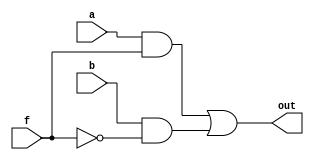
module mux(output out, input a,input b, input f);
wire c1,c2;

and (c1, a, f),
    (c2, b, ~f);
or  (out, c1, c2);
endmodule



module latch(output out, output out2, input a, input f, input reset);
wire c0,c1,c2;
and  (c1,a,~reset);
or  (c0,f,reset);
mux g1(out, c1, c2, c0);
not (out2, out),
    (c2, out2);
endmodule

module flip_flop(output out, input a, input f, input reset);
wire c1,c2,c3,c4;

not     (c1,f),
        (out,c3);
latch   g1(, c2, a, c1, 1'b0),
        g2(c3, out, c2, f, reset);
endmodule




module pseudo_random(output [0:2] Q, input clk, input reset);
wire c1;
flip_flop   g1(Q[0], c1, clk, reset),
            g2(Q[1], Q[0], clk, reset),
            g3(Q[2], Q[1], clk, reset);
xor         (c1, Q[2], Q[0]);

endmodule


/*
module main;

reg f_mux,a_mux,b_mux;
wire out_mux;
mux test_mux(out_mux, a_mux, b_mux, f_mux);

reg f_latch, a_latch, reset_latch;
wire out_latch, out_latch_n;
latch test_latch(out_latch, out_latch_n, a_latch, f_latch, reset_latch);

reg clk_flip_flop, a_flip_flop, reset_flip_flop;
wire out_flip_flop;
flip_flop test_flip_flop(out_flip_flop, a_flip_flop, clk_flip_flop, reset_flip_flop);


reg clk_pseudo_random, reset_pseudo_random;
wire [0:2] out_pseudo_random;
pseudo_random test_pseudo_random(out_pseudo_random, clk_pseudo_random, reset_pseudo_random);


initial
begin
    $dumpfile("test_pseudo_random.vcd");
    $dumpvars(0,main);
    
    $display("\ntest mux\n");
    f_mux = 0;
    a_mux = 0;
    b_mux = 0;

    #10 a_mux = 1;
    #10 f_mux = 1;
    #10 b_mux = 1;
    #10 a_mux = 0;
    #10 f_mux = 0;


    $display("\ntest latch\n");
    f_latch = 0;
    a_latch = 0;
    reset_latch = 0;

    #10 a_latch = 1;
    #10 f_latch = 1;
    #10 f_latch = 0;
    #10 a_latch = 0;
    #10 f_latch = 1;
    #10 f_latch = 0;
    #10 reset_latch = 1;


    #10 $display("\ntest flip_flop\n");
    clk_flip_flop = 0;
    a_flip_flop = 0;
    reset_flip_flop = 0;

    #10 clk_flip_flop = 1;
    #10 clk_flip_flop = 0;
    #10 a_flip_flop = 1;

    #10 clk_flip_flop = 1;
    #10 a_flip_flop = 0;

    #10 clk_flip_flop = 0;
    #10 a_flip_flop = 0;

    #10 clk_flip_flop = 1;
    #10 a_flip_flop = 1;
    #10 clk_flip_flop = 0;

    #10 reset_flip_flop = 1;
    

    $display("\ntest pseudo_random\n");
    
    clk_pseudo_random = 0;
    reset_pseudo_random = 0;

    #10 reset_pseudo_random = 1;
    #10 reset_pseudo_random = 0;

    #10 clk_pseudo_random = 1;
    #10 clk_pseudo_random = 0;

    #10 clk_pseudo_random = 1;
    #10 clk_pseudo_random = 0;

    #10 clk_pseudo_random = 1;
    #10 clk_pseudo_random = 0;

    #10 clk_pseudo_random = 1;
    #10 clk_pseudo_random = 0;

    #10 clk_pseudo_random = 1;
    #10 clk_pseudo_random = 0;

    #10 clk_pseudo_random = 1;
    #10 clk_pseudo_random = 0;

    #10 clk_pseudo_random = 1;
    #10 clk_pseudo_random = 0;

    #10 clk_pseudo_random = 1;
    #10 clk_pseudo_random = 0;

    #10 clk_pseudo_random = 1;
    #10 clk_pseudo_random = 0;

    #10 clk_pseudo_random = 1;
    #10 clk_pseudo_random = 0;

    #10 clk_pseudo_random = 1;
    #10 clk_pseudo_random = 0;

    #10 clk_pseudo_random = 1;
    #10 clk_pseudo_random = 0;

    #10 reset_pseudo_random = 1;
    #10 reset_pseudo_random = 0;





end


always @(a_mux or b_mux or f_mux) begin
    $display("a_mux = %b   b_mux = %b   f_mux = %b   out_mux = %b", a_mux, b_mux, f_mux, out_mux);   
end

always @(a_latch or f_latch or reset_latch) begin
    $display("a_latch = %b   f_latch = %b   out_latch = %b   out_latch_n = %b   reset_latch = %b", a_latch, f_latch, out_latch, out_latch_n, reset_latch);   
end


always@( clk_flip_flop) begin
    #5 $display("<   clk>  clk_flip_flop = %b   a_flip_flop = %b   out_flip_flop = %b   reset_flip_flop = %b", clk_flip_flop, a_flip_flop, out_flip_flop, reset_flip_flop);   
end



always@(a_flip_flop) begin
    #5 $display("<change>  clk_flip_flop = %b   a_flip_flop = %b   out_flip_flop = %b   reset_flip_flop = %b", clk_flip_flop, a_flip_flop, out_flip_flop, reset_flip_flop);   
end





always@(posedge clk_pseudo_random) begin
    $display("<posedge>  clk_pseudo_random = %b   out_pseudo_random = %b   reset_pseudo_random = %b", clk_pseudo_random, out_pseudo_random, reset_pseudo_random);   
end

always@(negedge reset_pseudo_random) begin
    $display("<reset>  clk_pseudo_random = %b   out_pseudo_random = %b   reset_pseudo_random = %b", clk_pseudo_random, out_pseudo_random, reset_pseudo_random);   
end

endmodule
*/